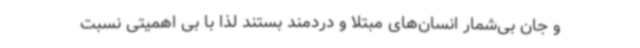
و جان بی‌شمار انسان‌های مبتلا و دردمند بستند لذا با بی اهمیتی نسبت